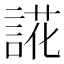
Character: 誮